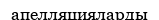
апелляцияларды